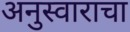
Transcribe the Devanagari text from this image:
अनुस्वाराचा